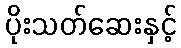
ပိုးသတ်ဆေးနှင့်